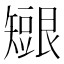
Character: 𥐇